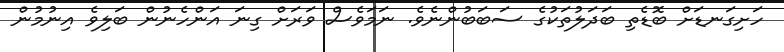
ހަށިގަނޑަށް ބޮޑެތި ބަދަލުތަކުގެ ސަބަބުންނެވެ. ނަމަވެސް ވަރަށް ގިނަ އަންހެނުން ބަލިވެ އިނުމުން